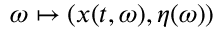
\omega \mapsto ( x ( t , \omega ) , \eta ( \omega ) )